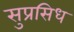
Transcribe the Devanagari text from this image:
सुप्रसिध